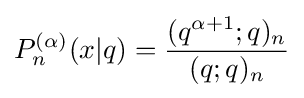
P_{n}^{(\alpha )}(x|q)={\frac {(q^{\alpha +1};q)_{n}}{(q;q)_{n}}}